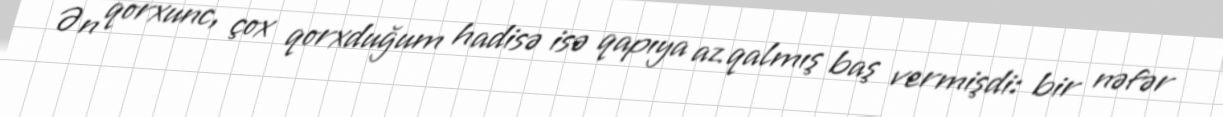
Ən qorxunc, çox qorxduğum hadisə isə qapıya az qalmış baş vermişdi: bir nəfər